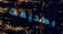
بصديقك